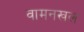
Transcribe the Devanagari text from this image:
वामनखल